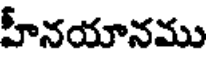
హీనయానము